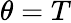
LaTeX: \theta=T